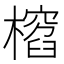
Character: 𣛱